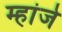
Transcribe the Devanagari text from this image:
म्हांजे